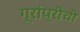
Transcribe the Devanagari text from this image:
ग्रांप्रीची